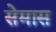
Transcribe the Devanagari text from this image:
सेमास